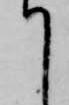
て